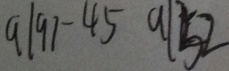
a \vert 9 7 - 4 5 a \vert 5 2